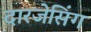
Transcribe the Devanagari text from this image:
दारजेसिंग